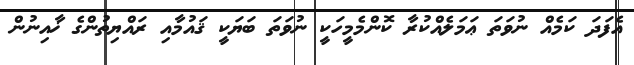
އެފަދަ ކަމެއް ނުވަތަ ޢަމަލެއްކުރާ ކޮންމެމީހަކީ ނުވަތަ ބަޔަކީ ޤައުމާއި ރައްޔިތުންގެ ޚާއިނުން